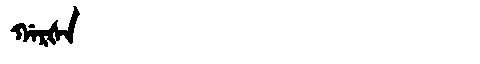
Manchu: ᡤᠠᡵᡧᠠ
Romanization: GARŠA